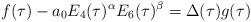
LaTeX: \begin{align*}f(\tau) - a_0E_4(\tau)^\alpha E_6(\tau)^\beta = \Delta(\tau)g(\tau)\end{align*}